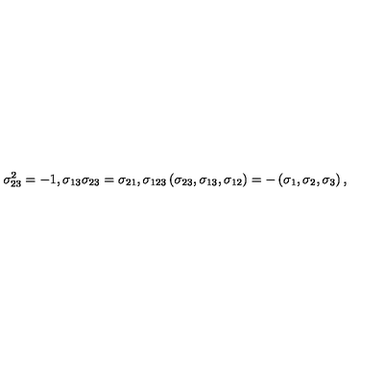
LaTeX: \sigma _ { 2 3 } ^ { 2 } = - 1 , \sigma _ { 1 3 } \sigma _ { 2 3 } = \sigma _ { 2 1 } , \sigma _ { 1 2 3 } \left( \sigma _ { 2 3 } , \sigma _ { 1 3 } , \sigma _ { 1 2 } \right) = - \left( \sigma _ { 1 } , \sigma _ { 2 } , \sigma _ { 3 } \right) ,